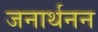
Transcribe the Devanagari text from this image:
जनार्थनन